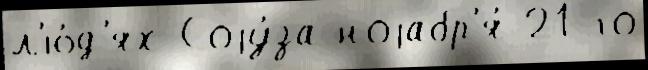
л'ю́д'ях Соjу́за ноjабр'я́ 21-го